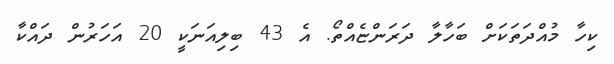
ކިހާ މުއްދަތަކަށް ބަހާލާ ދަރަންޏެއްތޯ. އެ 43 ބިލިއަނަކީ 20 އަހަރުން ދައްކާ